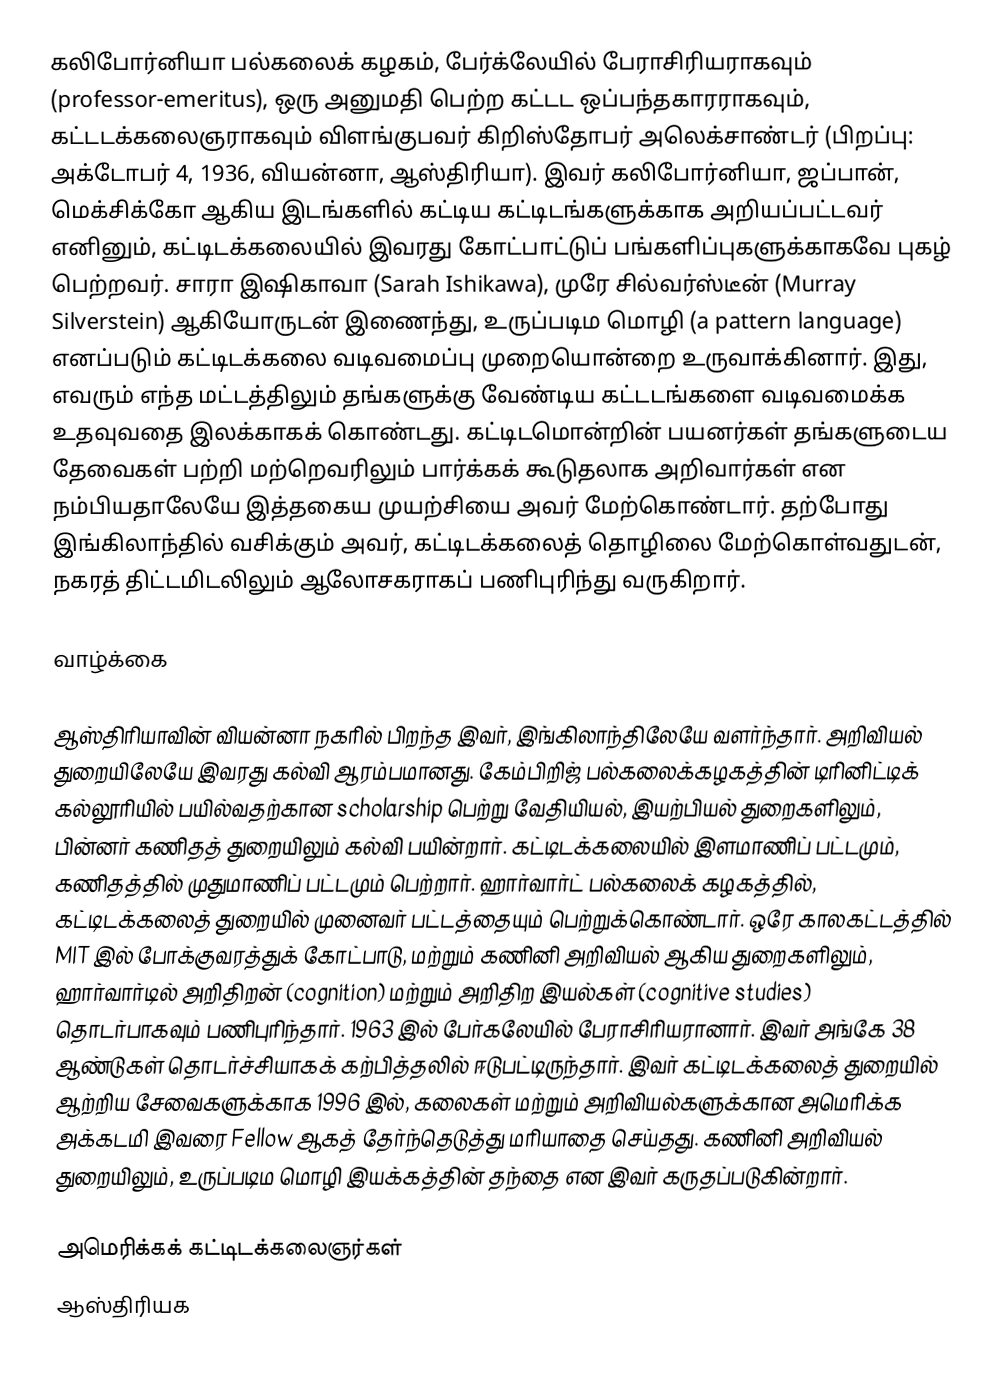
கலிபோர்னியா பல்கலைக் கழகம், பேர்க்லேயில் பேராசிரியராகவும் (professor-emeritus), ஒரு அனுமதி பெற்ற கட்டட ஒப்பந்தகாரராகவும், கட்டடக்கலைஞராகவும் விளங்குபவர் கிறிஸ்தோபர் அலெக்சாண்டர் (பிறப்பு: அக்டோபர் 4, 1936, வியன்னா, ஆஸ்திரியா). இவர் கலிபோர்னியா, ஜப்பான், மெக்சிக்கோ ஆகிய இடங்களில் கட்டிய கட்டிடங்களுக்காக அறியப்பட்டவர் எனினும், கட்டிடக்கலையில் இவரது கோட்பாட்டுப் பங்களிப்புகளுக்காகவே புகழ் பெற்றவர். சாரா இஷிகாவா (Sarah Ishikawa), முரே சில்வர்ஸ்டீன் (Murray Silverstein) ஆகியோருடன் இணைந்து, உருப்படிம மொழி (a pattern language) எனப்படும் கட்டிடக்கலை வடிவமைப்பு முறையொன்றை உருவாக்கினார். இது, எவரும் எந்த மட்டத்திலும் தங்களுக்கு வேண்டிய கட்டடங்களை வடிவமைக்க உதவுவதை இலக்காகக் கொண்டது. கட்டிடமொன்றின் பயனர்கள் தங்களுடைய தேவைகள் பற்றி மற்றெவரிலும் பார்க்கக் கூடுதலாக அறிவார்கள் என நம்பியதாலேயே இத்தகைய முயற்சியை அவர் மேற்கொண்டார். தற்போது இங்கிலாந்தில் வசிக்கும் அவர், கட்டிடக்கலைத் தொழிலை மேற்கொள்வதுடன், நகரத் திட்டமிடலிலும் ஆலோசகராகப் பணிபுரிந்து வருகிறார்.

வாழ்க்கை

ஆஸ்திரியாவின் வியன்னா நகரில் பிறந்த இவர், இங்கிலாந்திலேயே வளர்ந்தார். அறிவியல் துறையிலேயே இவரது கல்வி ஆரம்பமானது. கேம்பிறிஜ் பல்கலைக்கழகத்தின் டிரினிட்டிக் கல்லூரியில் பயில்வதற்கான scholarship பெற்று வேதியியல், இயற்பியல் துறைகளிலும், பின்னர் கணிதத் துறையிலும் கல்வி பயின்றார். கட்டிடக்கலையில் இளமாணிப் பட்டமும், கணிதத்தில் முதுமாணிப் பட்டமும் பெற்றார். ஹார்வார்ட் பல்கலைக் கழகத்தில், கட்டிடக்கலைத் துறையில் முனைவர் பட்டத்தையும் பெற்றுக்கொண்டார். ஒரே காலகட்டத்தில் MIT இல் போக்குவரத்துக் கோட்பாடு, மற்றும் கணினி அறிவியல் ஆகிய துறைகளிலும், ஹார்வார்டில் அறிதிறன் (cognition) மற்றும் அறிதிற இயல்கள் (cognitive studies) தொடர்பாகவும் பணிபுரிந்தார். 1963 இல் பேர்கலேயில் பேராசிரியரானார். இவர் அங்கே 38 ஆண்டுகள் தொடர்ச்சியாகக் கற்பித்தலில் ஈடுபட்டிருந்தார். இவர் கட்டிடக்கலைத் துறையில் ஆற்றிய சேவைகளுக்காக 1996 இல், கலைகள் மற்றும் அறிவியல்களுக்கான அமெரிக்க அக்கடமி இவரை Fellow ஆகத் தேர்ந்தெடுத்து  மரியாதை செய்தது. கணினி அறிவியல் துறையிலும், உருப்படிம மொழி இயக்கத்தின் தந்தை என இவர் கருதப்படுகின்றார்.

அமெரிக்கக் கட்டிடக்கலைஞர்கள்
ஆஸ்திரியக